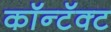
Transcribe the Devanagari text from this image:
कॉन्टॅक्ट